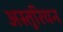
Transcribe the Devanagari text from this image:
अस्तुरियन